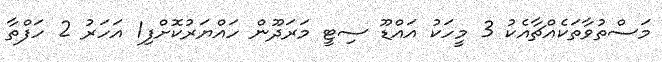
މަސްތުވާތަކެއްޗާއެކު 3 މީހަކު އައްޑޫ ސިޓީ މަރަދޫން ހައްޔަރުކޮށްފި1 އަހަރު 2 ހަފްތާ